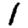
Digit: 1